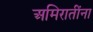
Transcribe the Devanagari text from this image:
अमिरातींना